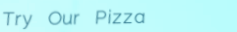
Try Our Pizza